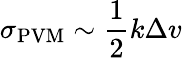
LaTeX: \sigma_{\mathrm{PVM}}\sim\frac{1}{2}k\Delta v